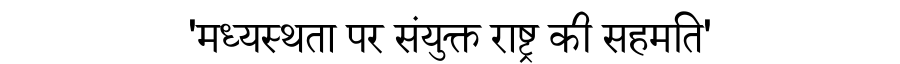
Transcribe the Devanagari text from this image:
'मध्यस्थता पर संयुक्त राष्ट्र की सहमति'